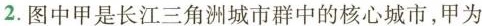
2.图中甲是长江三角洲城市群中的核心城市，甲为